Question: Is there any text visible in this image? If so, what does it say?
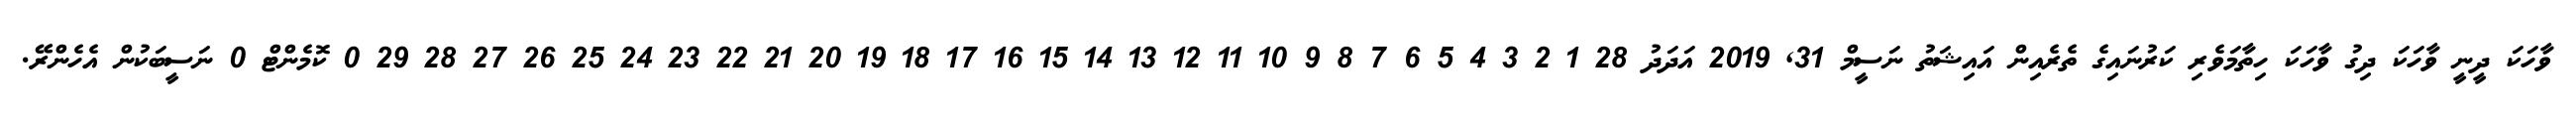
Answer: ވާހަކަ ދީނީ ވާހަކަ ދިގު ވާހަކަ ހިތާމަވެރި ކަރުނައިގެ ތެރެއިން އައިޝަތު ނަސީމް 31, 2019 އަދަދު 28 1 2 3 4 5 6 7 8 9 10 11 12 13 14 15 16 17 18 19 20 21 22 23 24 25 26 27 28 29 0 ކޮމެންޓް 0 ނަސީބަކުން އެހެންރޭ.